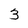
Character: 3